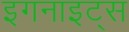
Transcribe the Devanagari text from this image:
इगनाइट्स